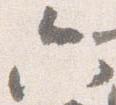
六